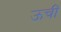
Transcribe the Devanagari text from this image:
ऊचीं